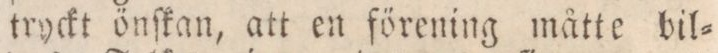
tryckt önſkan, att en förening måtte bil=